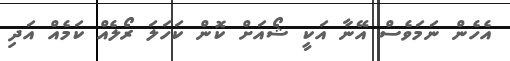
އެހެން ނަމަވެސް އޭނާ އަކީ ޝޯއަށް ކޮން ކަހަލަ ރޯލެއް ކަމެއް އަދި